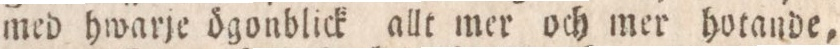
med hwarje ögonblick allt mer och mer hotande,